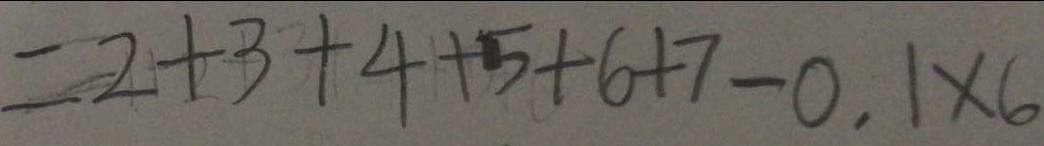
= 2 + 3 + 4 + 5 + 6 + 7 - 0 . 1 \times 6